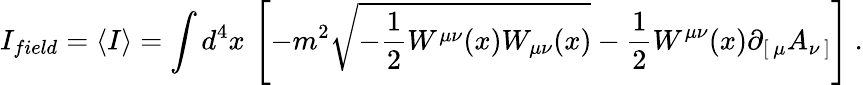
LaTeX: I_{field}=\langle I\rangle=\int d^{4}x\, \left[-m^{2}\sqrt{-{\frac{1}{2}}W^{\mu\nu}(x)W_{\mu\nu}(x)}-{\frac{1}{2}}W^{\mu\nu}(x)\partial_{[\, \mu}A_{\nu\, ]}\right]\ .